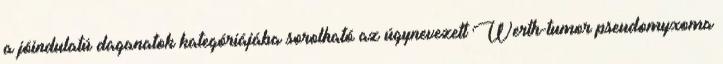
a jóindulatú daganatok kategóriájába sorolható az úgynevezett Werth-tumor pseudomyxoma